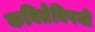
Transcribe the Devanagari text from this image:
कवितेविषयी